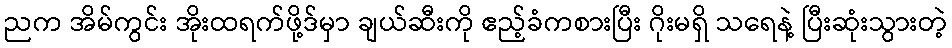
ညက အိမ်ကွင်း အိုးထရက်ဖို့ဒ်မှာ ချယ်ဆီးကို ဧည့်ခံကစားပြီး ဂိုးမရှိ သရေနဲ့ ပြီးဆုံးသွားတဲ့